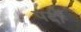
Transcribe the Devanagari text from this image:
पर्दां